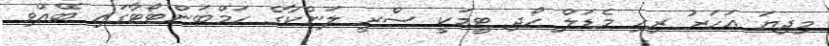
މިދިޔަ އަހަރު ރިހި މެޑަލް ހޯދި ޓީމަކީ ސްރީ ލަންކާގެ ހަމްބަންޓޯޓާގައި ބޭއްވި